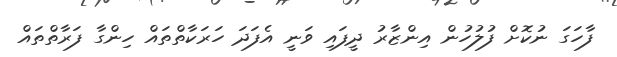
ފާހަގަ ނުކޮށް ފުލުހުން އިންޒާރު ދީފައި ވަނީ އެފަދަ ހަރަކާތްތައް ހިންގާ ފަރާތްތައް